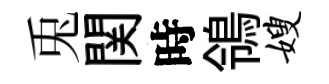
兎関時鴒嫂